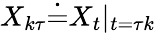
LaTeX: {X}_{k\tau}\dot{=}{X}_{t}\vert{_{t=\tau k}}